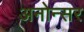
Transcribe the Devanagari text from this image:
अनोन्सर